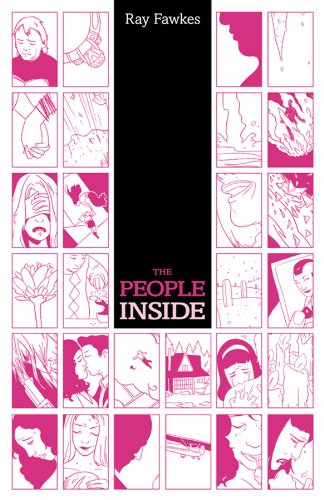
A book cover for The People Inside; Ray Fawkes; Comics & Graphic Novels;